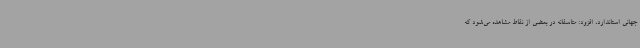
جهانی استاندارد، افزود: متاسفانه در بعضی از نقاط مشاهده می‌شود که